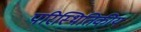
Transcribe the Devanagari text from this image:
परिस्थितिकीय